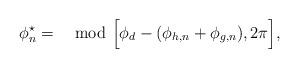
LaTeX: \begin{align*} \phi_n^\star = \mod \Bigl[\phi_{d}-(\phi_{h,n}+\phi_{g,n}), 2\pi \Bigr],\end{align*}